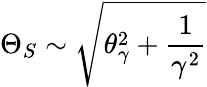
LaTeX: \Theta_{S}\sim\sqrt{\theta_{\gamma}^{2}+\frac{1}{\gamma^{2}}}